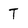
Character: T